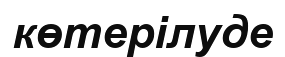
көтерілуде